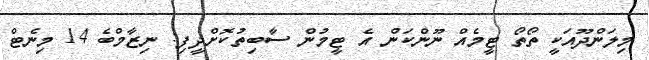
މިލަންދޫއަކީ ތޯތޯ ޓީމެއް ނޫންކަން އެ ޓީމުން ސާބިތުކޮށްދީފި: ނިޒާމްބެ 14 މިނެޓް